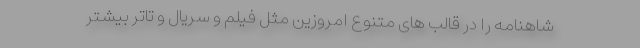
شاهنامه را در قالب های متنوع امروزین مثل فیلم و سریال و تاتر بیشتر